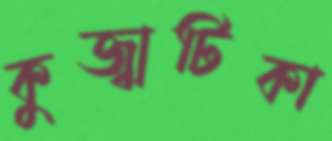
কুজ্ঝটিকা